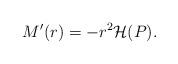
\begin{align*}M^{\prime }(r)=-r^{2}{\cal H}(P). \end{align*}